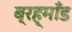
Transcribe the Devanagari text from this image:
ब्रह्माँड